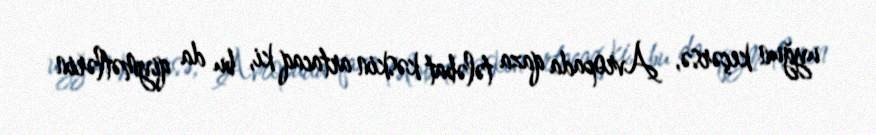
uyğun keçərsə, Avropada qaza tələbat kəskin artacaq ki, bu da qiymətlərin